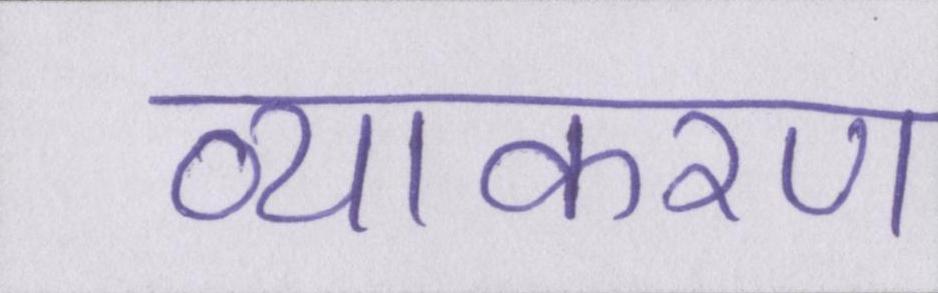
व्याकरण